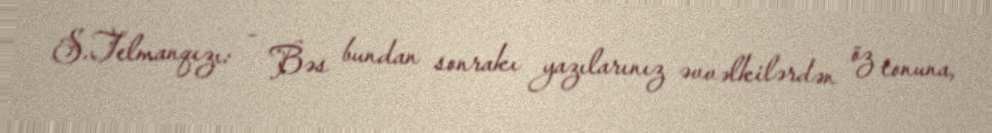
S.Telmanqızı: - Bəs bundan sonrakı yazılarınız əvvəlkilərdən öz tonuna,